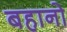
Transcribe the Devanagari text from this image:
बहानो